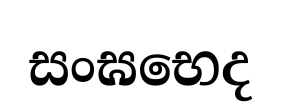
සංඝභෙද